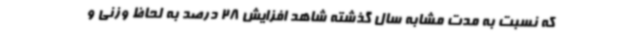
که نسبت به مدت مشابه سال گذشته شاهد افزایش 28 درصد به لحاظ وزنی و